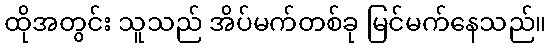
ထိုအတွင်း သူသည် အိပ်မက်တစ်ခု မြင်မက်နေသည်။